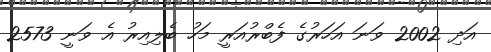
އަދި 2002 ވަނަ އަހަރުގެ ފެބްރުއަރީ މަހު ބެލިއިރު އެ ވަނީ 2573